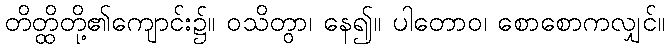
တိတ္ထိတို့၏ကျောင်း၌။ ဝသိတွာ၊ နေ၍။ ပါတောဝ၊ စောစောကလျှင်။